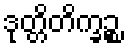
ဒုတ္တိတိက္ခဉ္စ